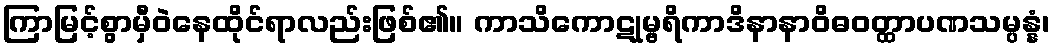
ကြာမြင့်စွာမှီဝဲနေထိုင်ရာလည်းဖြစ်၏။ ကာသိကောဋုမ္ဗရိကာဒိနာနာဝိဓဝတ္ထာပဏသမ္ပန္နံ၊